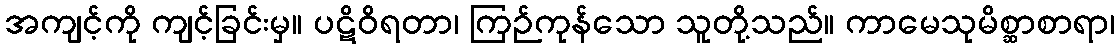
အကျင့်ကို ကျင့်ခြင်းမှ။ ပဋိဝိရတာ၊ ကြဉ်ကုန်သော သူတို့သည်။ ကာမေသုမိစ္ဆာစာရာ၊